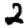
Digit: 2